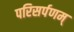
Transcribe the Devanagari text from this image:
परिसर्पणम्